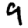
Digit: 9